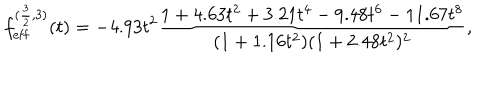
f _ { \mathrm { e f f } } ^ { ( \frac { 3 } { 2 } , 3 ) } ( t ) = - 4 . 9 3 t ^ { 2 } \frac { 1 + 4 . 6 3 t ^ { 2 } + 3 . 2 1 t ^ { 4 } - 9 . 4 8 t ^ { 6 } - 1 1 . 6 7 t ^ { 8 } } { ( 1 + 1 . 1 6 t ^ { 2 } ) ( 1 + 2 . 4 8 t ^ { 2 } ) ^ { 2 } } ,